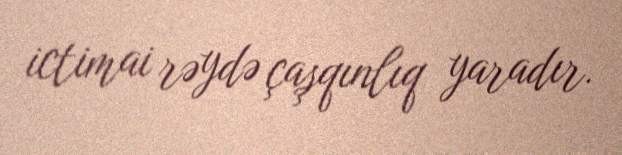
ictimai rəydə çaşqınlıq yaradır.